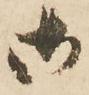
御